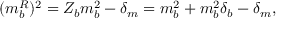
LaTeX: ( m _ { b } ^ { R } ) ^ { 2 } = Z _ { b } m _ { b } ^ { 2 } - \delta _ { m } = m _ { b } ^ { 2 } + m _ { b } ^ { 2 } \delta _ { b } - \delta _ { m } ,